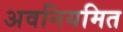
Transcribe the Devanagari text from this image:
अवनियमित